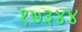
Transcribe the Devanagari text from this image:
१७३४४